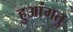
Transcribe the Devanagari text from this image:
हुआंगतु